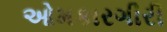
ઓમકારગીરી